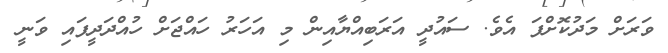
ވަރަށް މަދުކޮށްފަ އެވެ. ސައުދީ އަރަބިއްޔާއިން މި އަހަރު ހައްޖަށް ހުއްދަދީފައި ވަނީ